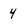
Character: 4